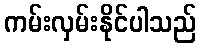
ကမ်းလှမ်းနိုင်ပါသည်